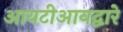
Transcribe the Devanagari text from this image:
आयटीआयद्वारे